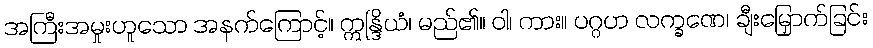
အကြီးအမှုးဟူသော အနက်ကြောင့်။ ဣန္ဒြိယံ၊ မည်၏။ ဝါ၊ ကား။ ပဂ္ဂဟ လက္ခဏေ၊ ချီးမြှောက်ခြင်း